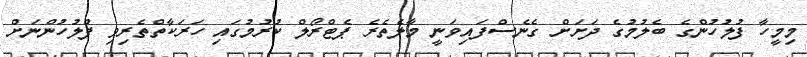
މިމީހާ ފުލުހުންގެ ބެލުމުގެ ދަށަށް ގެނެސްފައިވަނީ މާލެތެރެ ޕެޓްރޯލް ކުރުމުގައި ހަރަކާތްތެރިވި ފުލުހުންނަށް